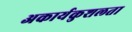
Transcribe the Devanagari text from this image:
अकार्यकुशलता